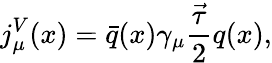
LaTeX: j_{\mu}^{V}(x)=\bar{q}(x)\gamma_{\mu}\frac{\vec{\tau}}{2}q(x),